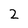
Character: 2